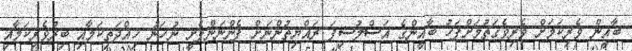
ބާޣީން ވެރިކަމަށް ވެރިވެގަތުމަށްފަހު ބާޣީންގެ އަސްލުސިފަ ރައްޔިތުންނަށް ފެންނަންފެށީ ނުހަނު ހިއްދަތިކަމާއި ބިރުވެރިކަމާއި